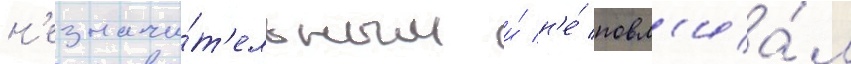
н'езначи́т'ельным и́ н'е́ повл'иа́л